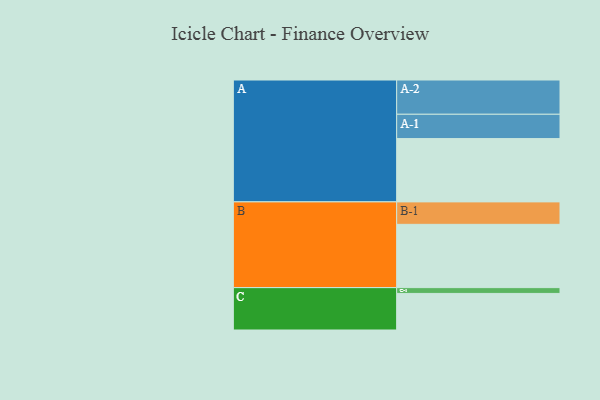
{"axis": {"x": "Segment", "y": "Value"}, "legend": ["", "A", "B", "C"], "data": [{"x": "A", "y": 547, "type": ""}, {"x": "B", "y": 547, "type": ""}, {"x": "C", "y": 316, "type": ""}, {"x": "A-1", "y": 210, "type": "A"}, {"x": "A-2", "y": 296, "type": "A"}, {"x": "B-1", "y": 194, "type": "B"}, {"x": "C-1", "y": 50, "type": "C"}]}